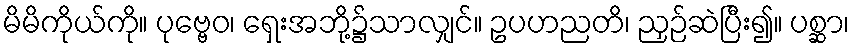
မိမိကိုယ်ကို။ ပုဗ္ဗေဝ၊ ရှေးအဘို့၌သာလျှင်။ ဥပဟညတိ၊ ညှဉ်ဆဲပြီး၍။ ပစ္ဆာ၊